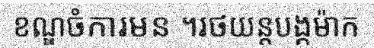
ខណ្ឌចំការមន ។រថយន្តបង្កម៉ាក